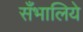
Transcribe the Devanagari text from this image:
सँभालिये